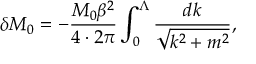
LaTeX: \delta M _ { 0 } = - \frac { M _ { 0 } \beta ^ { 2 } } { 4 \cdot 2 \pi } \int _ { 0 } ^ { \Lambda } \frac { d k } { \sqrt { k ^ { 2 } + m ^ { 2 } } } ,